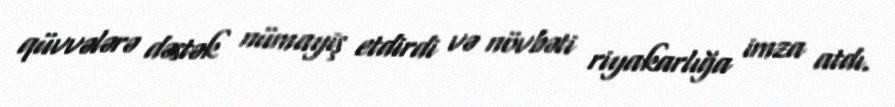
qüvvələrə dəstək nümayiş etdirdi və növbəti riyakarlığa imza atdı.